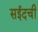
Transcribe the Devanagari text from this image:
सईदची